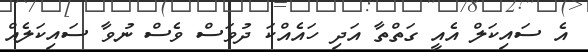
އެ ސައިކަލް އެއީ ގަތްތާ އަދި ހައެއްކަ ދުވަސް ވެސް ނުވާ ސައިކަލެއް